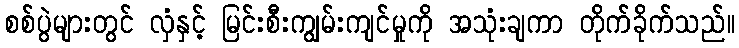
စစ်ပွဲများတွင် လှံနှင့် မြင်းစီးကျွမ်းကျင်မှုကို အသုံးချကာ တိုက်ခိုက်သည်။